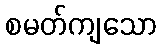
စမတ်ကျသော